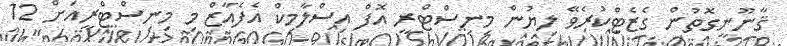
ޤާނޫނީގޮތުން ގެޒެޓްކުރެވޭ ލިޔުން މިނިސްޓްރީ އޮފް އިސްލާމިކް އެފެއާޒް މި މިނިސްޓްރީއަށް 12